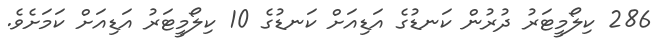
286 ކިލޯމީޓަރު ދުރުން ކަނޑުގެ އަޑިއަށް ކަނޑުގެ 10 ކިލޯމީޓަރު އަޑިއަށް ކަމަށެވެ.